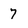
Character: 7